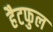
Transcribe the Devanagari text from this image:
हैटफुल